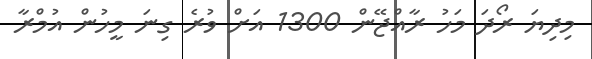
މިދިޔަ ރޯދަ މަހު ރާއްޖޭން 1300 އަށް ވުރެ ގިނަ މީހުން އުމްރާ